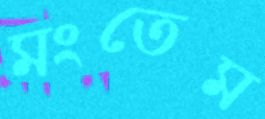
মংতেম